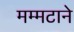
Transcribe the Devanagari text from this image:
मम्मटाने